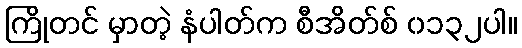
ကြိုတင် မှာတဲ့ နံပါတ်က စီအိတ်စ် ၀၁၃၂ပါ။